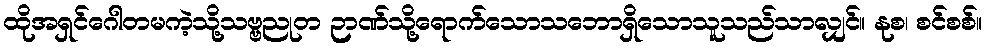
ထိုအရှင်ဂေါတမကဲ့သို့သဗ္ဗညုတ ဉာဏ်သို့ရောက်သောသဘောရှိသောသူသည်သာလျှင်။ နုစ၊ စင်စစ်။